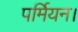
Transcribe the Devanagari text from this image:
पर्मियन।